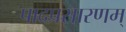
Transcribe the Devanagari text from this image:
पादप्रसारणम्